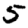
Digit: 5